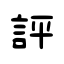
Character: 評